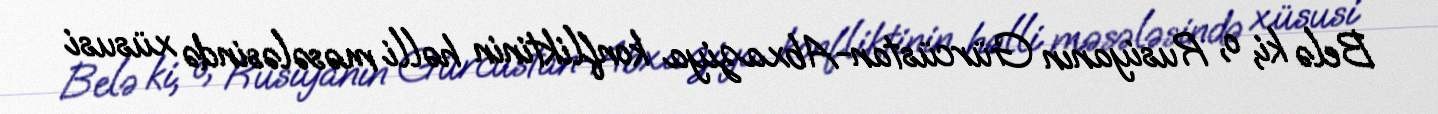
Belə ki, o, Rusiyanın Gürcüstan-Abxaziya konfliktinin həlli məsələsində xüsusi